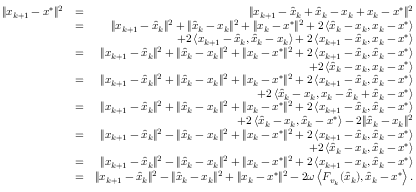
\begin{array} { r l r } { \| x _ { k + 1 } - x ^ { * } \| ^ { 2 } } & { = } & { \| x _ { k + 1 } - \hat { x } _ { k } + \hat { x } _ { k } - x _ { k } + x _ { k } - x ^ { * } \| ^ { 2 } } \\ & { = } & { \| x _ { k + 1 } - \hat { x } _ { k } \| ^ { 2 } + \| \hat { x } _ { k } - x _ { k } \| ^ { 2 } + \| x _ { k } - x ^ { * } \| ^ { 2 } + 2 \left\langle \hat { x } _ { k } - x _ { k } , x _ { k } - x ^ { * } \right\rangle } \\ & { } & { \quad + 2 \left\langle x _ { k + 1 } - \hat { x } _ { k } , \hat { x } _ { k } - x _ { k } \right\rangle + 2 \left\langle x _ { k + 1 } - \hat { x } _ { k } , x _ { k } - x ^ { * } \right\rangle } \\ & { = } & { \| x _ { k + 1 } - \hat { x } _ { k } \| ^ { 2 } + \| \hat { x } _ { k } - x _ { k } \| ^ { 2 } + \| x _ { k } - x ^ { * } \| ^ { 2 } + 2 \left\langle x _ { k + 1 } - \hat { x } _ { k } , \hat { x } _ { k } - x ^ { * } \right\rangle } \\ & { } & { \quad + 2 \left\langle \hat { x } _ { k } - x _ { k } , x _ { k } - x ^ { * } \right\rangle } \\ & { = } & { \| x _ { k + 1 } - \hat { x } _ { k } \| ^ { 2 } + \| \hat { x } _ { k } - x _ { k } \| ^ { 2 } + \| x _ { k } - x ^ { * } \| ^ { 2 } + 2 \left\langle x _ { k + 1 } - \hat { x } _ { k } , \hat { x } _ { k } - x ^ { * } \right\rangle } \\ & { } & { \quad + 2 \left\langle \hat { x } _ { k } - x _ { k } , x _ { k } - \hat { x } _ { k } + \hat { x } _ { k } - x ^ { * } \right\rangle } \\ & { = } & { \| x _ { k + 1 } - \hat { x } _ { k } \| ^ { 2 } + \| \hat { x } _ { k } - x _ { k } \| ^ { 2 } + \| x _ { k } - x ^ { * } \| ^ { 2 } + 2 \left\langle x _ { k + 1 } - \hat { x } _ { k } , \hat { x } _ { k } - x ^ { * } \right\rangle } \\ & { } & { \quad + 2 \left\langle \hat { x } _ { k } - x _ { k } , \hat { x } _ { k } - x ^ { * } \right\rangle - 2 \| \hat { x } _ { k } - x _ { k } \| ^ { 2 } } \\ & { = } & { \| x _ { k + 1 } - \hat { x } _ { k } \| ^ { 2 } - \| \hat { x } _ { k } - x _ { k } \| ^ { 2 } + \| x _ { k } - x ^ { * } \| ^ { 2 } + 2 \left\langle x _ { k + 1 } - \hat { x } _ { k } , \hat { x } _ { k } - x ^ { * } \right\rangle } \\ & { } & { \quad + 2 \left\langle \hat { x } _ { k } - x _ { k } , \hat { x } _ { k } - x ^ { * } \right\rangle } \\ & { = } & { \| x _ { k + 1 } - \hat { x } _ { k } \| ^ { 2 } - \| \hat { x } _ { k } - x _ { k } \| ^ { 2 } + \| x _ { k } - x ^ { * } \| ^ { 2 } + 2 \left\langle x _ { k + 1 } - x _ { k } , \hat { x } _ { k } - x ^ { * } \right\rangle } \\ & { = } & { \| x _ { k + 1 } - \hat { x } _ { k } \| ^ { 2 } - \| \hat { x } _ { k } - x _ { k } \| ^ { 2 } + \| x _ { k } - x ^ { * } \| ^ { 2 } - 2 \omega \left\langle F _ { v _ { k } } ( \hat { x } _ { k } ) , \hat { x } _ { k } - x ^ { * } \right\rangle . } \end{array}